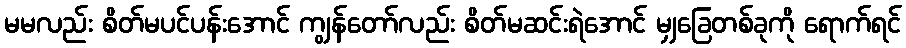
မမလည်း စိတ်မပင်ပန်းအောင် ကျွန်တော်လည်း စိတ်မဆင်းရဲအောင် မျှခြေတစ်ခုကို ရောက်ရင်